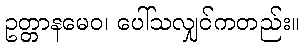
ဥတ္တာနမေဝ၊ ပေါ်သလျှင်ကတည်း။